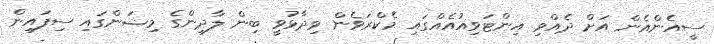
ސީއެންއެން އަށް ދެއްވި އިންޓަވިއުއެއްގައި މެކްރަވެން ވިދާޅުވީ ބިން ލާދިންގެ މިޝަންގައި ސިފައިން